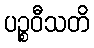
ပဉ္စဝီသတိ